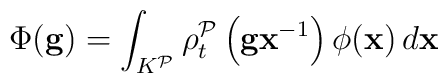
\Phi (\mathbf{g})=\int_{K^{\mathcal{P}}}\rho _{t}^{\mathcal{P}}\left( \mathbf{gx}^{-1}\right) \phi (\mathbf{x})\,d\mathbf{x}